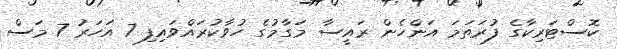
ކޮސްޓަރިކާގެ ފުރަތަމަ އަންހެން ރައީސާ މަގާމުގެ ހުވާކުރައްވައިފި 7 އަހަރު 7 މަސް